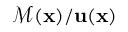
\mathcal { M } ( \mathbf { x } ) / \mathbf { u } ( \mathbf { x } )